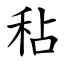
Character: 秥